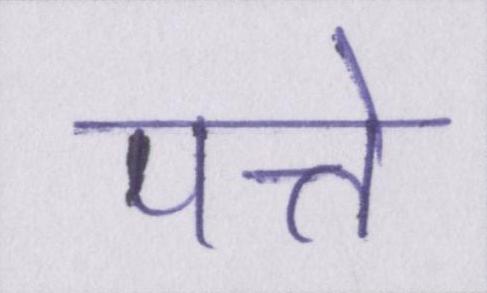
पत्ते